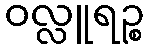
ဝလ္လူရဉ္စ